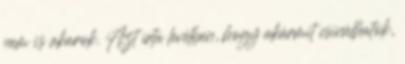
nem is akarok. Azt írta levélben, hogy akármit csinálhatok,